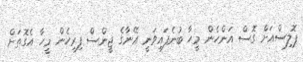
ޕޮލިސްއަށް ގޮސް އަންހެން މީހާ ބުނެފައިވަނީ އޭނާގެ ޖީންސް ފިރިހެން މީހާ އެގޮތަށް